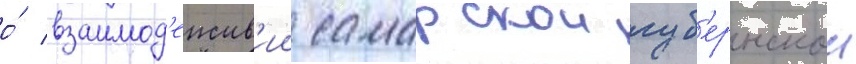
о́ взаимод'еиств'ии самарскои губ'ернскои